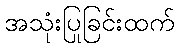
အသုံးပြုခြင်းထက်